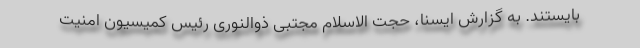
بایستند. به گزارش ایسنا، حجت الاسلام مجتبی ذوالنوری رئیس کمیسیون امنیت